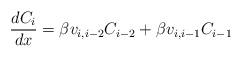
\begin{align*}\frac{dC_i}{dx} = \beta v_{i,i-2} C_{i-2} + \beta v_{i,i-1} C_{i-1} \end{align*}